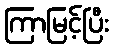
ကြာမြင့်ပြီး